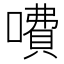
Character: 𠾚